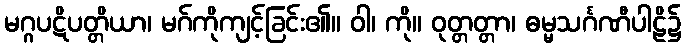
မဂ္ဂပဋိပတ္တိယာ၊ မဂ်ကိုကျင့်ခြင်း၏။ ဝါ၊ ကို။ ဝုတ္တတ္တာ၊ ဓမ္မသင်္ဂဏီပါဠိ၌